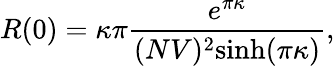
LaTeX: R(0)=\kappa\pi\frac{e^{\pi\kappa}}{(NV)^{2}\textrm{sinh}(\pi\kappa)},